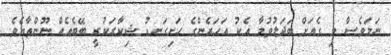
ނަމަވެސް މި ގެއަށް ބަދަލުވުމާ އެކު އަހަރެންގެ ހަށިގަނޑު ޝިކާރަކުރީ ބޭބެއެއް ނޫންތާއެވެ.